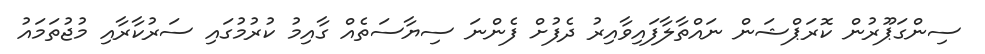
ސިންގަޕޫރުން ކޮރަޕްޝަން ނައްތާލާފައިވާއިރު ދެފުށް ފެންނަ ސިޔާސަތެއް ގާއިމު ކުރުމުގައި ސަރުކާރާއި މުޖުތަމައު